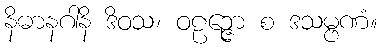
နိဓာနဂါနိ ဒိဝသ၊ ဝဠဉ္ဇော စ ဒသမ္ဗဏံ။